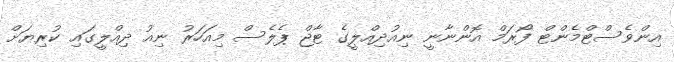
އިންވެސްޓްމެންޓް ފޯރަމް އޮންނާނީ ނިއުދިއްލީގެ ޓާޖް ޕެލެސް މިއަހަރު ނިއު ދިއްލީގައި ކުރިޔަށް